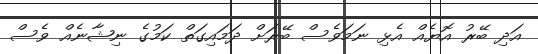
އަދި ބޭރު އޮޔެއް އެޅި ނަމަވެސް ބޭރަށް ދަމައިގަތް ކަމުގެ ނިޝާނެއް ވެސް